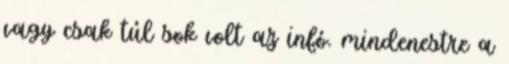
vagy csak túl sok volt az infó. mindenestre a